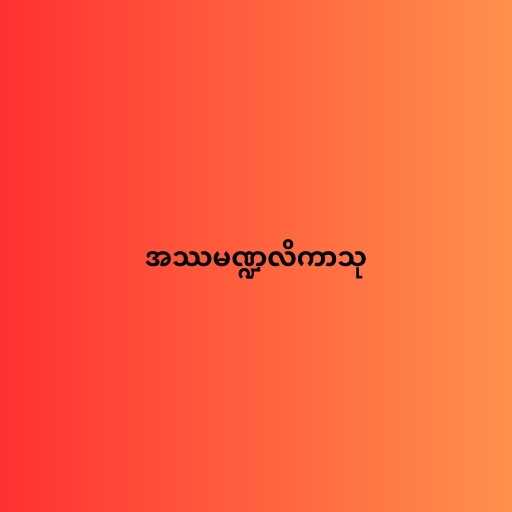
အဿမဏ္ဍလိကာသု